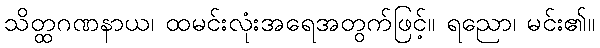
သိတ္ထဂဏနာယ၊ ထမင်းလုံးအရေအတွက်ဖြင့်။ ရညော၊ မင်း၏။